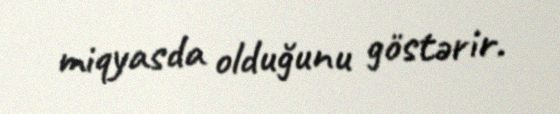
miqyasda olduğunu göstərir.